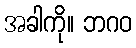
အခါကို။ ဘဂဝ